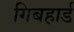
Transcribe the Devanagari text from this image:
गिबहार्ड